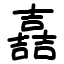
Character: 嚞